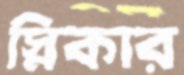
স্নিকার